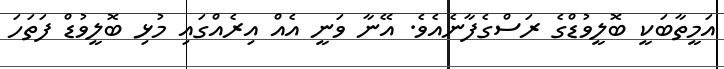
އަމީތާބަކީ ބޮލީވުޑްގެ ރަސްގެފާނެއެވެ. އޭނާ ވަނީ އެއް އިރެއްގައި މުޅި ބޮލީވުޑް ފަތަހަ